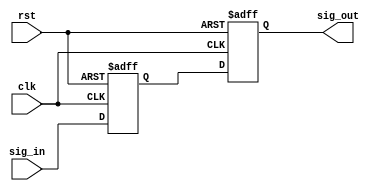
`timescale 1ns / 1ps

module sig_on_shot_pulse(
    input clk,
    input rst,
    input sig_in,
    output reg sig_out
    );
    
    reg sig_tmp;
    always @( posedge clk or posedge rst)
        if( rst ) begin
            sig_tmp <= 1'b0;
            sig_out <= 1'b0;
        end else begin
            sig_tmp <= sig_in;
            sig_out <= sig_tmp;
        end
endmodule